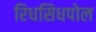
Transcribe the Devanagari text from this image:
रिधसिधपोल